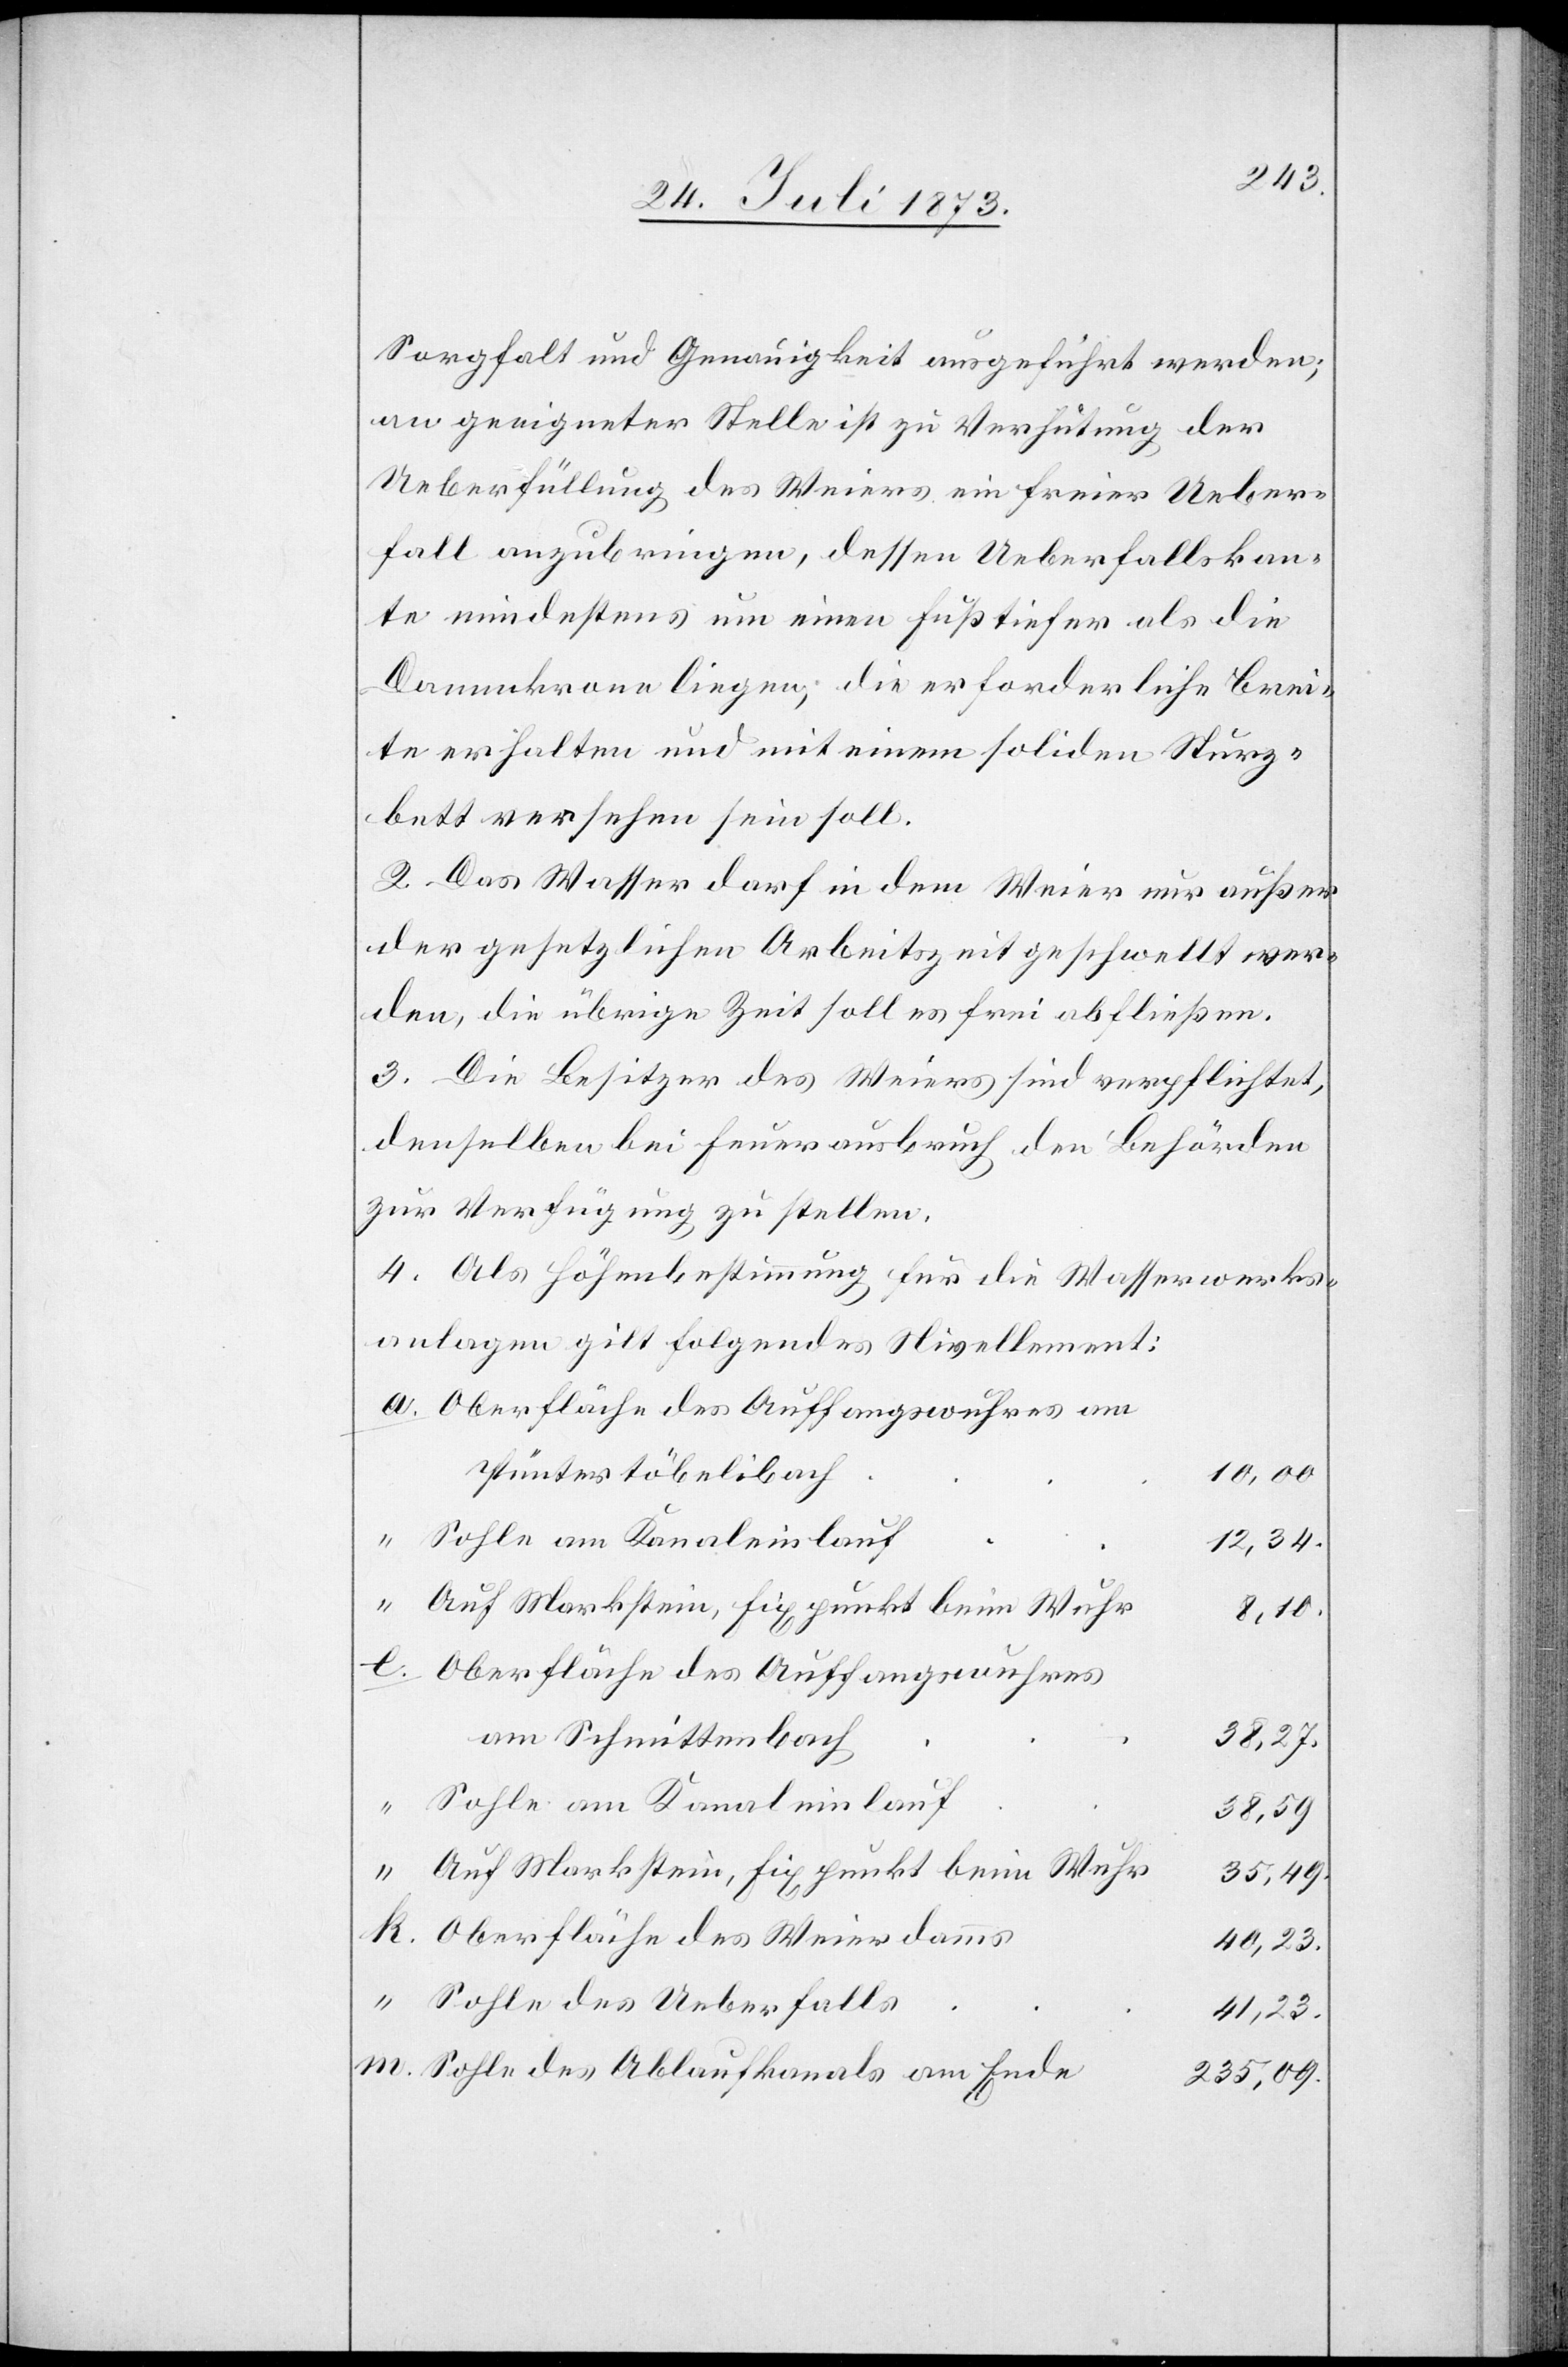
Sorgfalt und Genauigkeit ausgeführt werden;
an geeigneter Stelle ist zu Verhütung der
Ueberfüllung des Weiers ein freier Ueber¬
fall anzubringen, dessen Ueberfallskan¬
te mindestens um einen Fuß tiefer als die
Dammkrone liegen, die erforderliche Brei¬
te erhalten und mit einem soliden Sturz¬
bett versehen sein soll.
2. Das Wasser darf in dem Weier nur außer
der gesetzlichen Arbeitszeit geschwellt wer¬
den, die übrige Zeit soll es frei abfließen.
3. Die Besitzer des Weiers sind verpflichtet,
denselben bei Feuerausbruch den Behörden
zur Verfügung zu stellen.
4. Als Höhenbestimmung für die Wasserwerks¬
anlagen gilt folgendes Nivellement:
Oberfläche des Auffangswuhres am
Püntertöbelibach
10,00.
Sohle am Kanaleinlauf
12,34.
8,10.
Oberfläche des Auffangswuhres
am Schmittenbach
38,27.
Sohle am Kanaleinlauf
38,59.
Auf Markstein, Fixpunkt beim Wuhr
35,49.
Oberfläche des Weierdamms
40,23.
Sohle des Ueberfalls
41,23.
Sohle des Ablaufkanals am Ende
235,09.